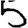
Digit: 5